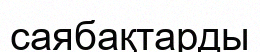
саябақтарды